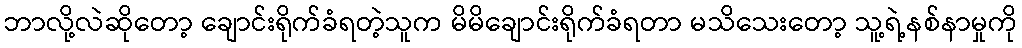
ဘာလို့လဲဆိုတော့ ချောင်းရိုက်ခံရတဲ့သူက မိမိချောင်းရိုက်ခံရတာ မသိသေးတော့ သူ့ရဲ့နစ်နာမှုကို